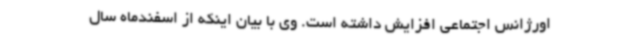
اورژانس اجتماعی افزایش داشته است. وی با بیان اینکه از اسفندماه سال